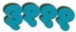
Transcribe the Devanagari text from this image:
३१११